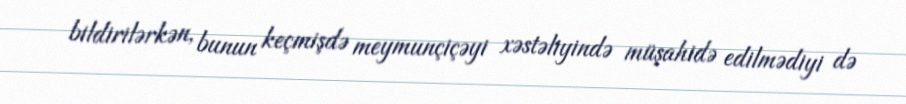
bildirilərkən, bunun keçmişdə meymunçiçəyi xəstəliyində müşahidə edilmədiyi də